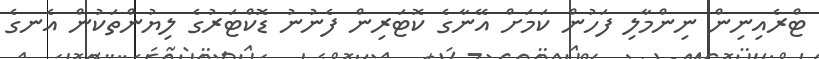
ޓްރެއިނިން ނިންމާލި ފަހުން ކަމަށް އޭނާގެ ކޮޓަރިން ފެނުނު ޑޮކްޓަރުގެ ލިޔުންތަކުން އެނގެ